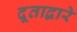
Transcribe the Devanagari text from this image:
दूताद्वारे